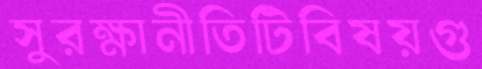
সুরক্ষানীতিটিবিষয়গু